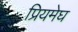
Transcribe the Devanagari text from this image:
प्रियमेघ